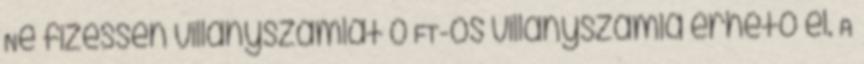
Ne fizessen villanyszámlát 0 FT-os villanyszámla érhető el. A